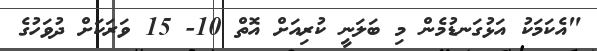
"އެކަމަކު އަޅުގަނޑުމެން މި ބަލަނީ ކުރިއަށް އޮތް 10- 15 ވަރަކަށް ދުވަހުގެ